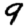
Digit: 9